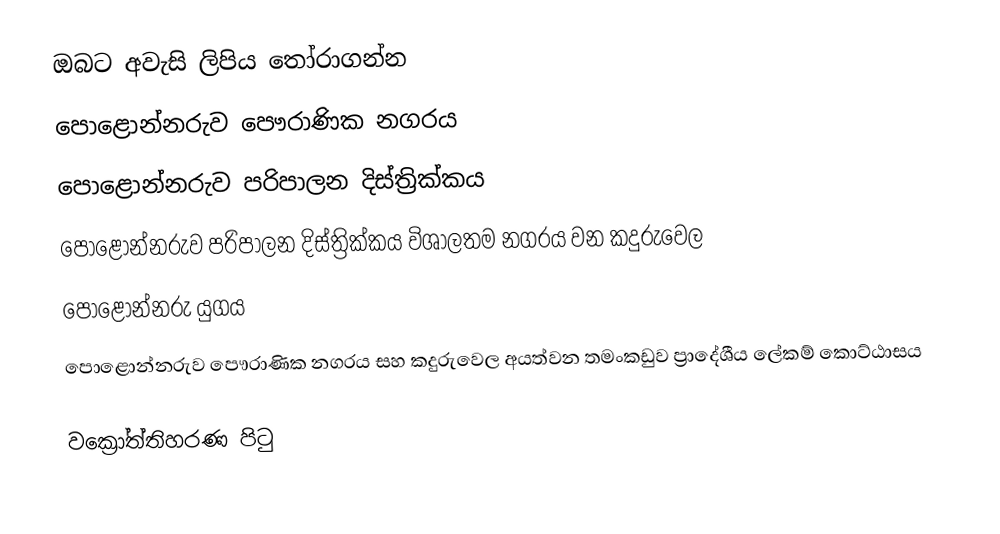
ඔබට අවැසි ලිපිය තෝරාගන්න
 පොළොන්නරුව පෞරාණික නගරය
 පොළොන්නරුව පරිපාලන දිස්ත්‍රික්කය
 පොළොන්නරුව පරිපාලන දිස්ත්‍රික්කය විශාලතම නගරය වන කදුරුවෙල
 පොළොන්නරු යුගය
 පොළොන්නරුව පෞරාණික නගරය සහ කදුරුවෙල අයත්වන තමංකඩුව ප්‍රාදේශීය ලේකම් කොට්ඨාසය

වක්‍රෝත්තිහරණ පිටු